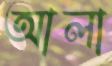
আলা